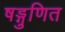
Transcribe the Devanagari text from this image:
षड्गुणित